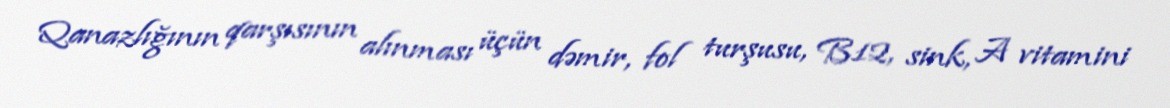
Qanazlığının qarşısının alınması üçün dəmir, fol turşusu, B12, sink, A vitamini